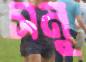
সনু